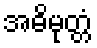
အဓိမုတ္တံ